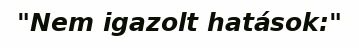
"Nem igazolt hatások:"